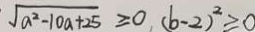
\sqrt { a ^ { 2 } - 1 0 a + 2 5 } \geqslant 0 , ( b - 2 ) ^ { 2 } \geqslant 0